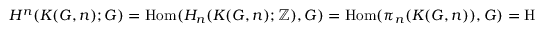
H ^ { n } ( K ( G , n ) ; G ) = \operatorname { H o m } ( H _ { n } ( K ( G , n ) ; \mathbb { Z } ) , G ) = \operatorname { H o m } ( \pi _ { n } ( K ( G , n ) ) , G ) = \operatorname { H o m } ( G , G ) ,